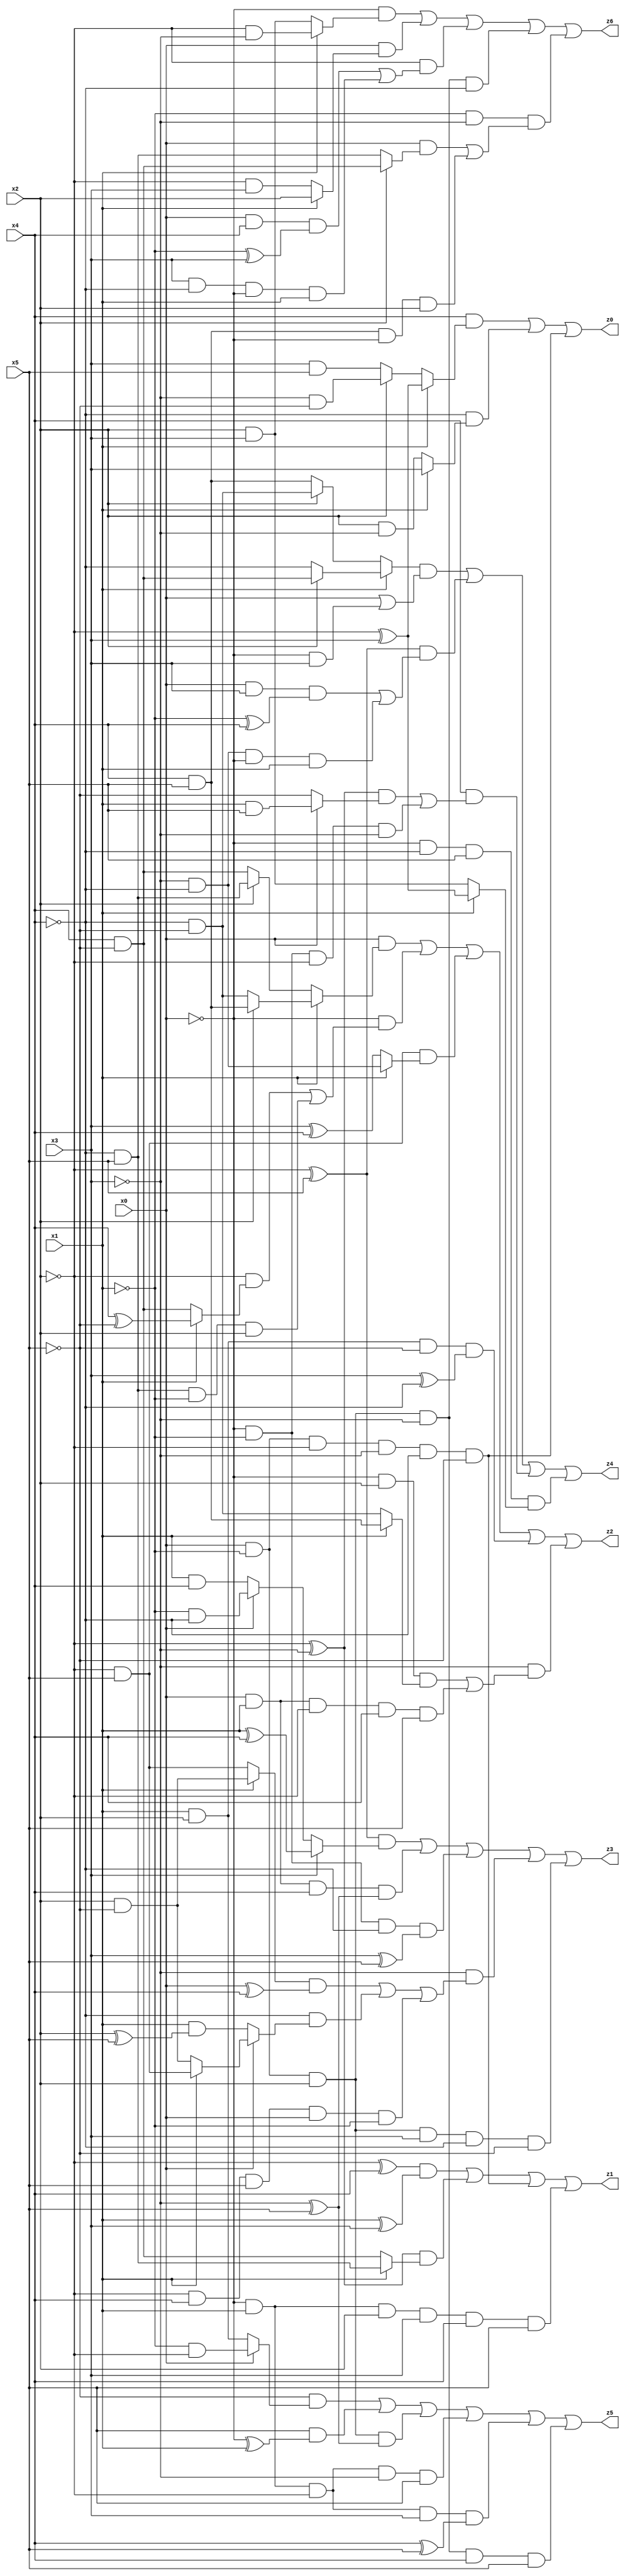
// Benchmark "X_9" written by ABC on Thu Jun 29 21:14:35 2023

module X_9 ( 
    x0, x1, x2, x3, x4, x5,
    z0, z1, z2, z3, z4, z5, z6  );
  input  x0, x1, x2, x3, x4, x5;
  output z0, z1, z2, z3, z4, z5, z6;
  assign z0 = (x4 & (x1 ? (~x2 ^ x3) : (x2 ? (~x3 & ~x5) : (x3 & x5)))) | (~x4 & (x1 ? x3 : (x2 & ~x3))) | (x0 & ~x1 & ~x2 & ~x3 & ~x4 & ~x5);
  assign z1 = ((~x2 ^ x4) & (x1 ^ x3)) | ((~x2 ^ ~x3) & (x1 ? (~x4 & x5) : (x4 & ~x5))) | (x0 & ~x1 & ~x2 & ~x3 & ~x4 & ~x5) | (~x0 & x1 & x2 & x3 & x4 & x5);
  assign z2 = (x0 & (x1 ? (x2 ? (x4 & x5) : (~x4 & ~x5)) : (x2 ? (~x4 & x5) : (x4 & ~x5)))) | (~x0 & ((~x2 & (x1 ? (x4 ^ ~x5) : (x4 & ~x5))) | (~x4 & x5 & ~x1 & x2))) | (~x2 & x5 & (x1 ? (~x3 & ~x4) : (x3 ^ x4))) | (x1 & x2 & ~x5 & (x3 ^ ~x4)) | (~x3 & ((~x0 & x2 & (x1 ? (x4 & x5) : (~x4 & ~x5))) | (x0 & x1 & ~x2 & x4 & x5)));
  assign z3 = ((~x2 ^ x5) & (x3 ? (x1 ^ x4) : (x0 ? (~x1 & ~x4) : (x1 & x4)))) | (x0 & x1 & x4 & (~x3 ^ x5)) | (~x0 & ~x1 & ~x4 & (x3 ^ x5)) | (~x3 & (((x1 ? (x2 & ~x5) : (~x2 & x5)) & (x0 ^ x4)) | (~x4 & (x0 ? (x1 ? (~x2 & x5) : (x2 & ~x5)) : (x1 & (x2 ^ x5)))) | (~x2 & x4 & x5 & x0 & ~x1))) | (x0 & ~x1 & x2 & x3 & ~x4 & ~x5);
  assign z4 = ((x1 ? (x2 ? (x4 & ~x5) : ~x4) : (x2 ? (~x4 & ~x5) : (x4 & x5))) & (x0 | (~x0 & x3))) | ((~x2 ^ x5) & ((x0 & x3 & (~x1 ^ x4)) | (~x3 & ~x4 & ~x0 & x1))) | (x4 & (((~x2 ^ ~x3) & (x0 ? (x1 & x5) : ~x5)) | (~x0 & ~x1 & ~x2 & ~x3))) | (~x0 & ~x4 & x5 & (x1 ? (~x2 ^ x3) : (x2 & x3)));
  assign z5 = (~x5 & (x0 ? (~x1 & ~x2) : (x1 & x2))) | (x5 & (~x0 ^ x1)) | (x0 & ~x1 & x2 & (~x3 ^ x5)) | (~x0 & x1 & ~x2 & ~x3 & x5) | (~x0 & x1 & ~x2 & x3 & (x4 ^ x5)) | (x0 & ~x1 & x2 & ~x3 & x4 & x5);
  assign z6 = (~x0 & (x1 ? (~x2 & ~x3) : (x2 & x3))) | (x0 & (x1 ? x2 : (~x2 & x3))) | (~x2 & ((x0 & x4 & (~x1 ^ x3)) | (x3 & ~x4 & ~x0 & x1))) | (x0 & ~x1 & x2 & ~x3 & ~x4) | (~x1 & ~x3 & ((x0 & (x2 ? (x4 & ~x5) : (~x4 & x5))) | (x4 & x5 & ~x0 & x2)));
endmodule